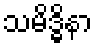
သမိဒ္ဓိနာ